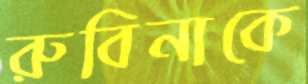
রুবিনাকে